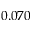
0 . 0 7 0